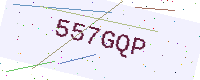
Text: 557GQP